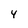
Character: 4